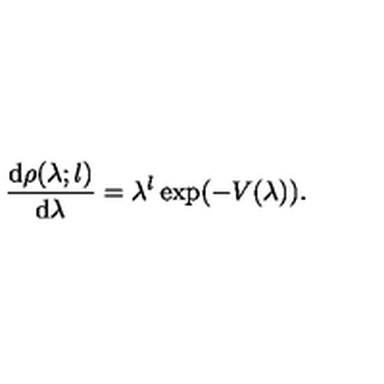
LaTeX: \frac { \mathrm { d } \rho ( \lambda ; l ) } { \mathrm { d } \lambda } = \lambda ^ { l } \exp ( - V ( \lambda ) ) .